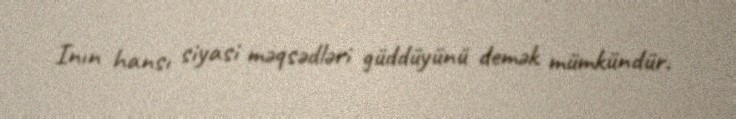
Inın hansı siyasi məqsədləri güddüyünü demək mümkündür.